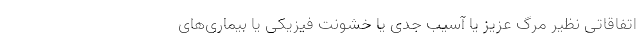
اتفاقاتی نظیر مرگ عزیز یا آسیب جدی یا خشونت فیزیکی یا بیماری‌های